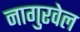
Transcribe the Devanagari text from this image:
नागुरवेल